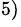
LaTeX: ^{5)}